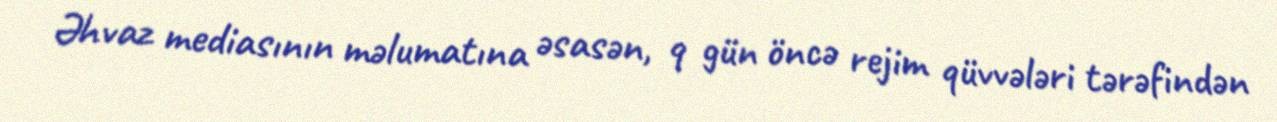
Əhvaz mediasının məlumatına əsasən, 9 gün öncə rejim qüvvələri tərəfindən